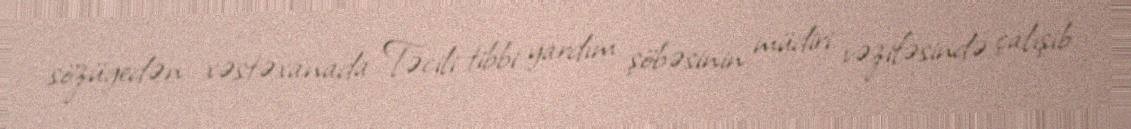
sözügedən xəstəxanada Təcili tibbi yardım şöbəsinin müdiri vəzifəsində çalışıb.